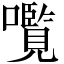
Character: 𫬠